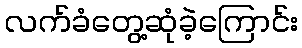
လက်ခံတွေ့ဆုံခဲ့ကြောင်း